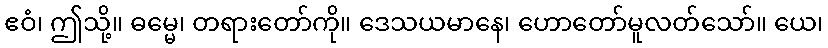
ဧဝံ၊ ဤသို့။ ဓမ္မေ၊ တရားတော်ကို။ ဒေသယမာနေ၊ ဟောတော်မူလတ်သော်။ ယေ၊